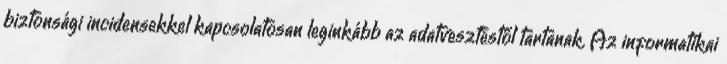
biztonsági incidensekkel kapcsolatosan leginkább az adatvesztéstől tartanak. Az informatikai